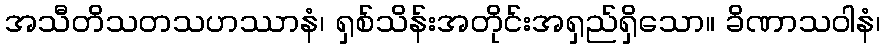
အသီတိသတသဟဿာနံ၊ ရှစ်သိန်းအတိုင်းအရှည်ရှိသော။ ခိဏာသဝါနံ၊